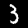
Label: 3